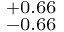
^ { + 0 . 6 6 } _ { - 0 . 6 6 }